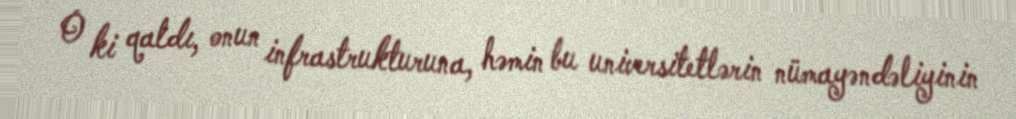
O ki qaldı, onun infrastrukturuna, həmin bu universitetlərin nümayəndəliyinin